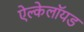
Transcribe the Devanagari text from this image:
ऐल्केलॉयड